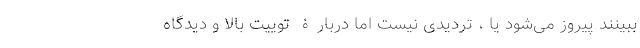
ببینند پیروز می‌شود یا ، تردیدی نیست اما دربارۀ توییت بالا و دیدگاه